Leningradi_Edasi_toimetus, lk 141
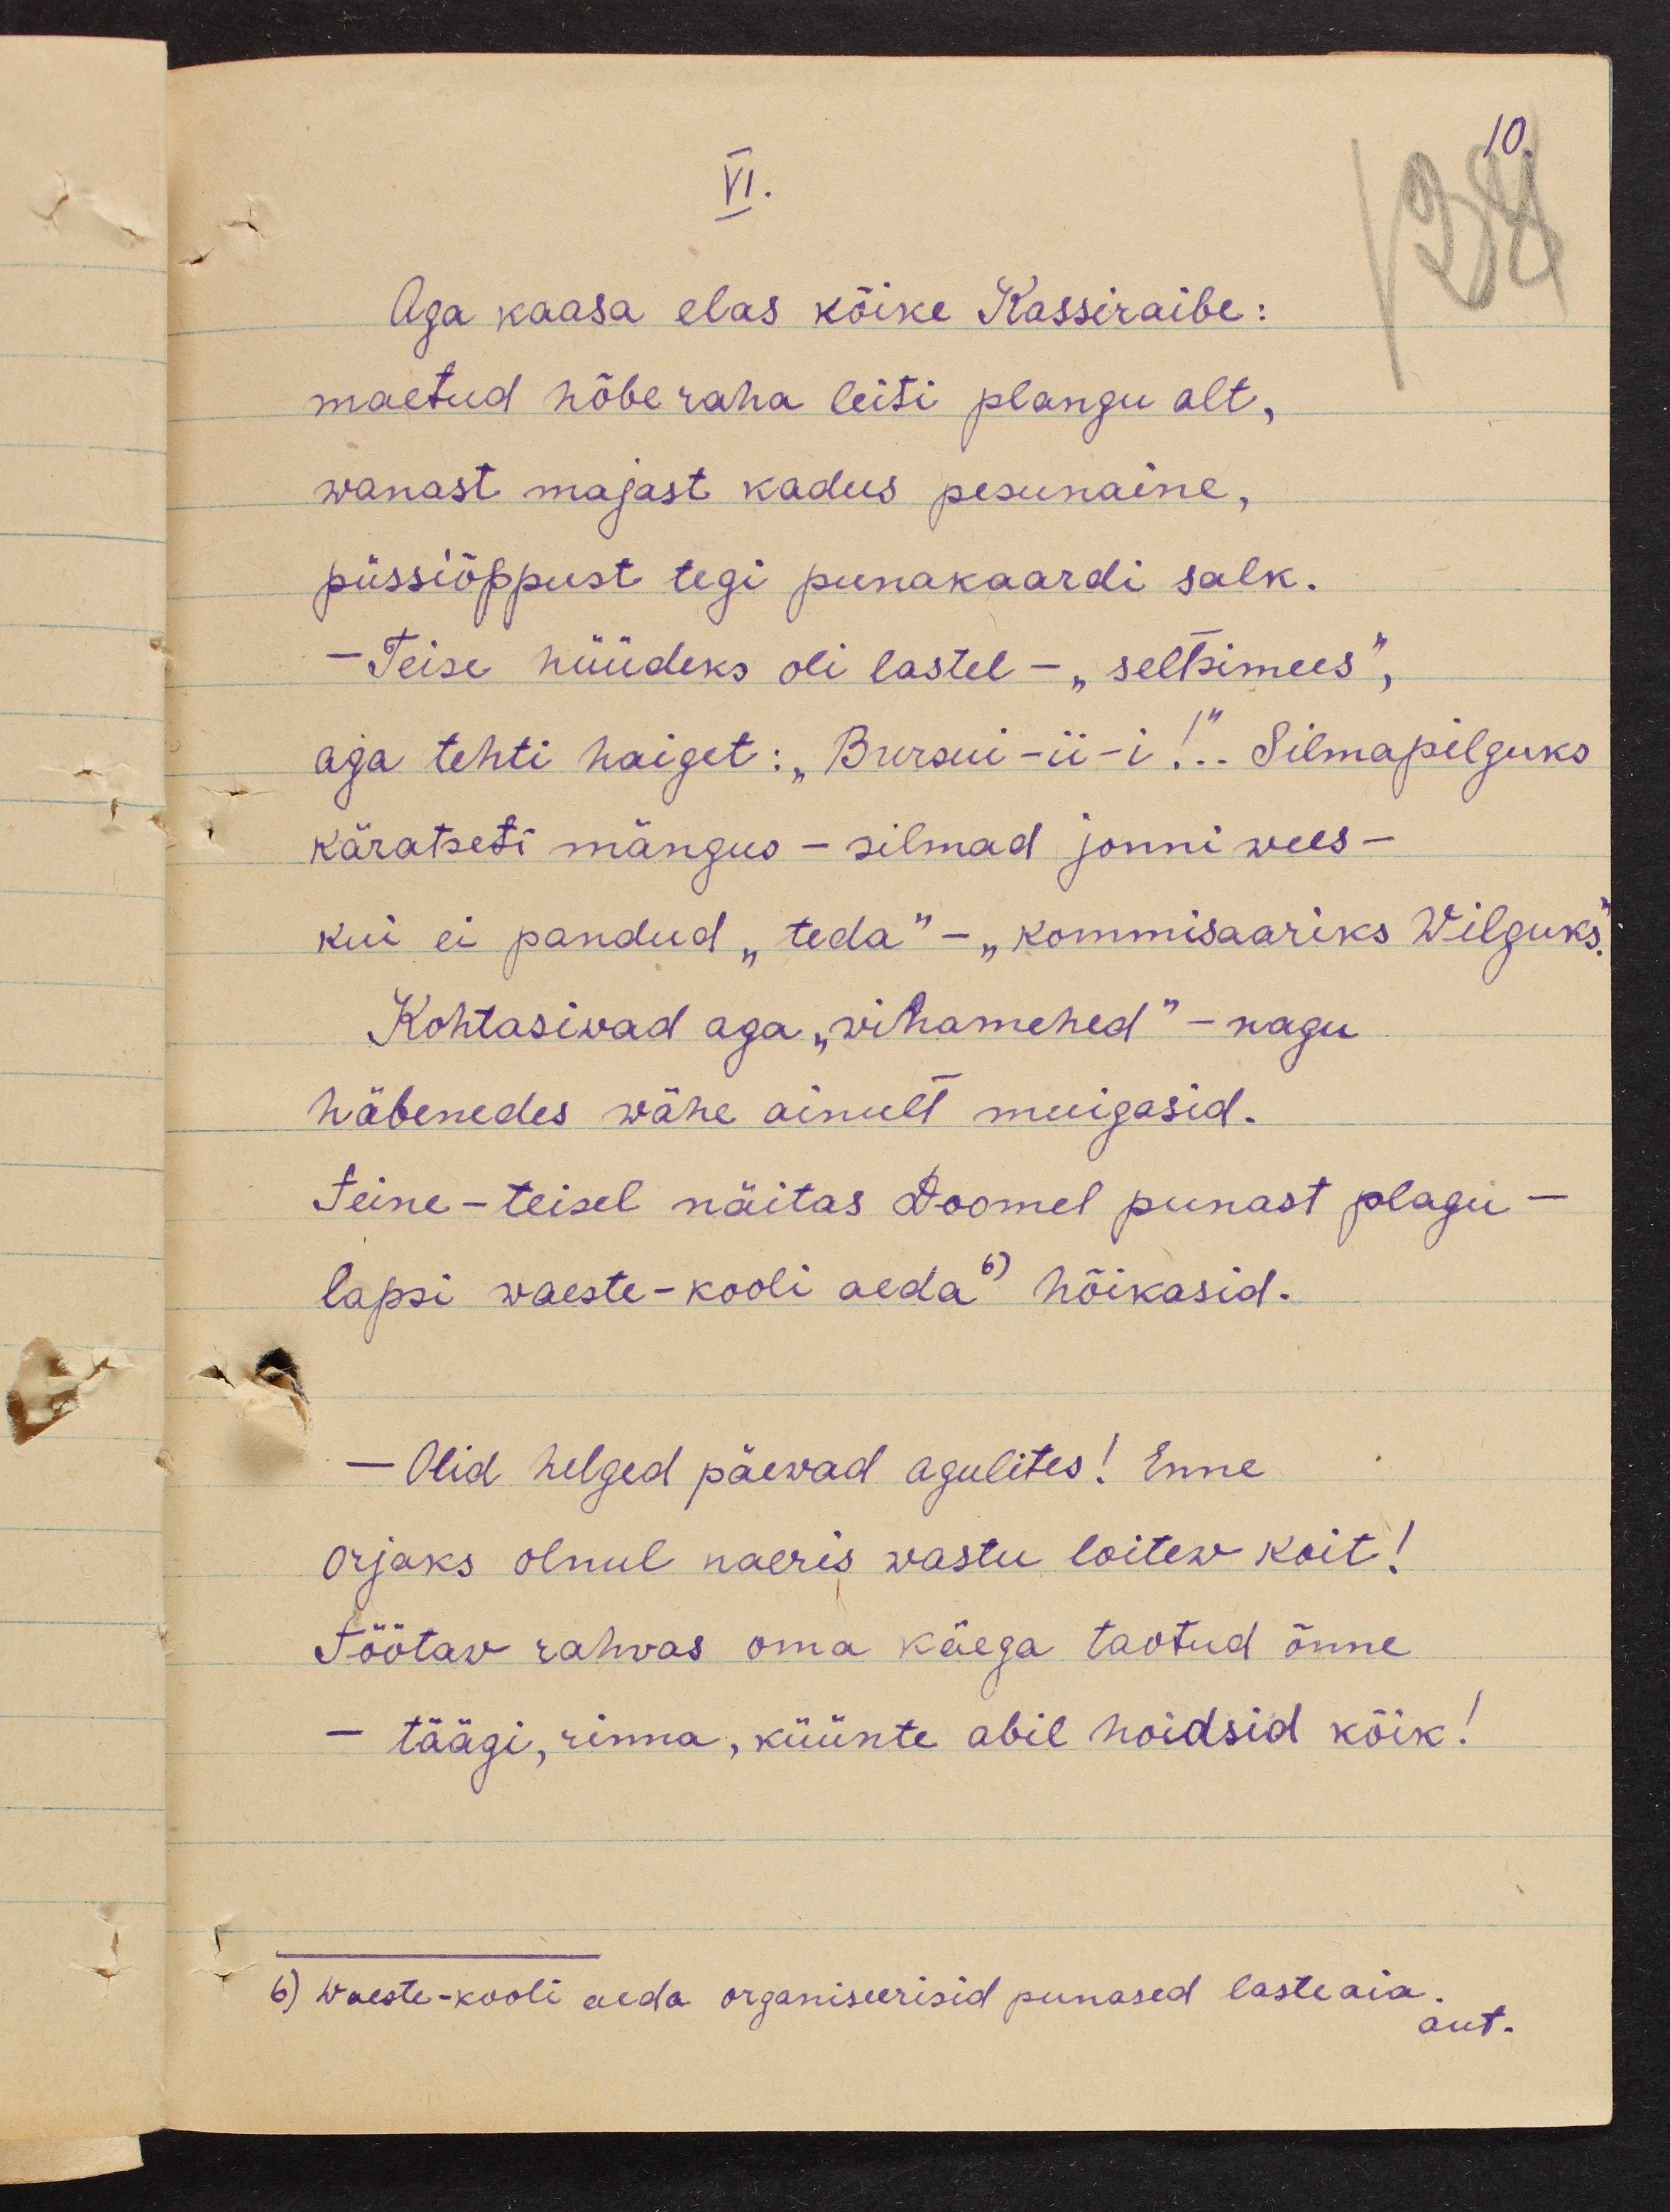
VI.
10.
Aga kaasa elas kõike Kassiraibe:
maetud hõbe raha leiti plangu alt,
wanast majast kadus pesunaine,
püssiõppust tegi punakaardi salk.
- Teise hüüdeks oli lastel - "seltsimees",
aga tehti haiget: "Bursui -ii -i!"... Silmapilguks
käratseti mängus - silmad jonni wees-
kui ei pandud "teda" - "kommisaariks Wilguks.
Kohtasiwad aga "wihamehed" - nagu
häbenedes wähe ainult muigasid.
teine-teisel näitas Doomel punast plagu-
lapsi waeste-kooli aeda 6) hõikasid.
- Olid helged päewad agulites! Enne
Orjaks olnul naeris wastu loitew koit!
Töötav rahvas oma käega taotud õnne
- täägi, rinna, küünte abil hoidsid kõik!
6) waeste-kooli aeda organiseerisid punased lasteaia.
aut.